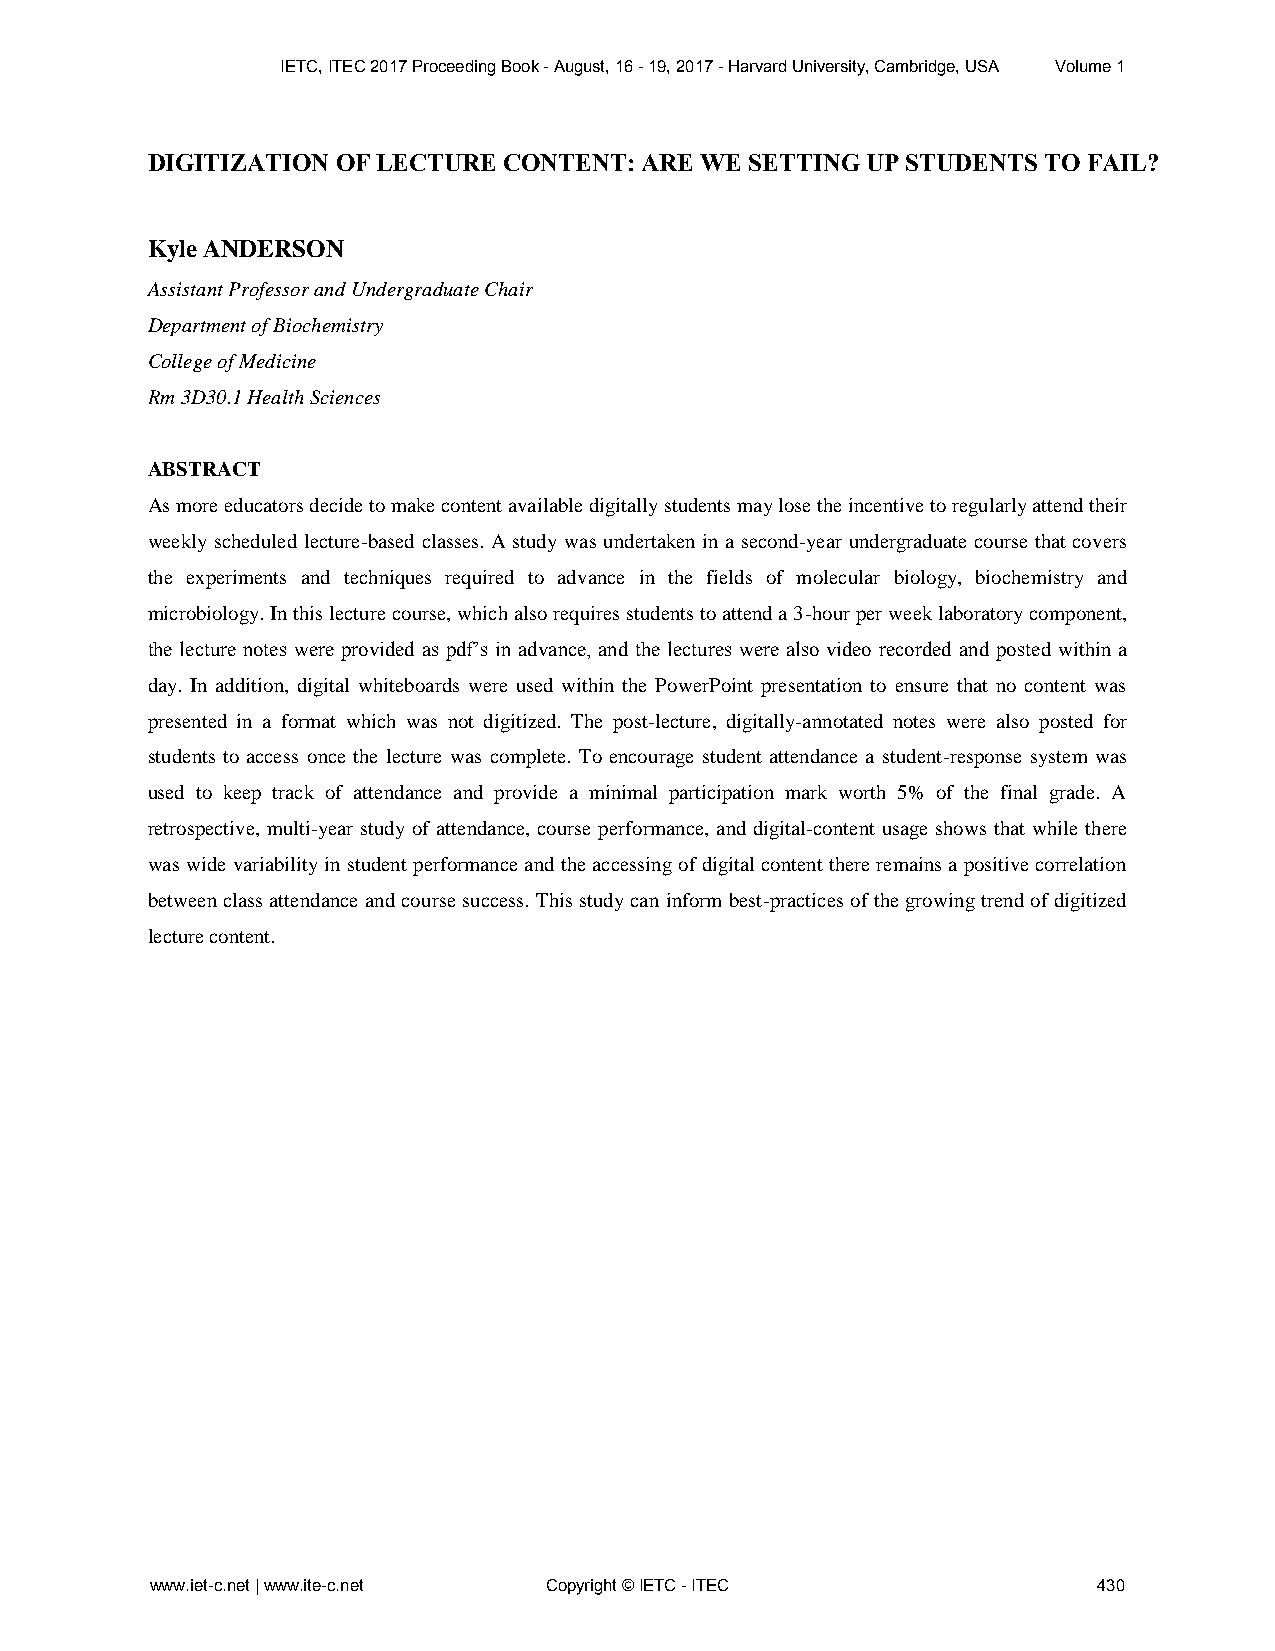
IETC, ITEC 2017 Proceeding Book - August, 16 - 19, 2017 - Harvard University, Cambridge, USA Volume 1
 DIGITIZATION OF LECTURE CONTENT: ARE WE SETTING UP STUDENTS TO FAIL?
 Kyle ANDERSON
 Assistant Professor and Undergraduate Chair
 Department of Biochemistry
 College of Medicine
 Rm 3D30.1 Health Sciences
 ABSTRACT
 As more educators decide to make content available digitally students may lose the incentive to regularly attend their
 weekly scheduled lecture-based classes. A study was undertaken in a second-year undergraduate course that covers
 the experiments and techniques required to advance in the fields of molecular biology, biochemistry and
 microbiology. In this lecture course, which also requires students to attend a 3-hour per week laboratory component,
 the lecture notes were provided as pdf’s in advance, and the lectures were also video recorded and posted within a
 day. In addition, digital whiteboards were used within the PowerPoint presentation to ensure that no content was
 presented in a format which was not digitized. The post-lecture, digitally-annotated notes were also posted for
 students to access once the lecture was complete. To encourage student attendance a student-response system was
 used to keep track of attendance and provide a minimal participation mark worth 5% of the final grade. A
 retrospective, multi-year study of attendance, course performance, and digital-content usage shows that while there
 was wide variability in student performance and the accessing of digital content there remains a positive correlation
 between class attendance and course success. This study can inform best-practices of the growing trend of digitized
 lecture content.
 www.iet-c.net | www.ite-c.net Copyright © IETC - ITEC          430